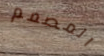
المصمم